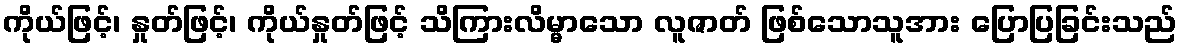
ကိုယ်ဖြင့်၊ နှုတ်ဖြင့်၊ ကိုယ်နှုတ်ဖြင့် သိကြားလိမ္မာသော လူဇာတ် ဖြစ်သောသူအား ပြောပြခြင်းသည်